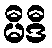
မီဒီ